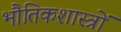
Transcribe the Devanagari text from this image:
भौतिकशास्त्रों